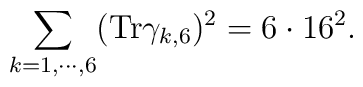
\sum_{k=1,\cdots,6}({\rm Tr}\gamma_{k,6})^2 =  6 \cdot 16^2.